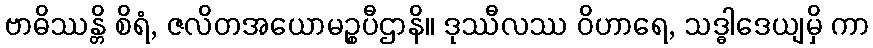
ဗာဓိဿန္တိ စိရံ, ဇလိတအယောမဉ္စပီဌာနိ။ ဒုဿီလဿ ဝိဟာရေ, သဒ္ဓါဒေယျမှိ ကာ